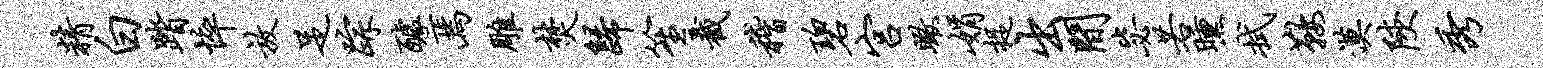
精白踏悴放足踪醵焉雕焚归笙截稽碧宫瞰娟捉出间毖若曛拭鞍漠陕秀